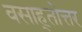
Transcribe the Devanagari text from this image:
वसाह्तोत्तर